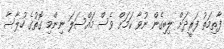
ފާތިމަތު ފަރީދަށް ލިބިގެން ނުވާ ކަމަށް ވެސް މައްސަލަ ނިންމި ގޮތުގެ ހުލާސާ